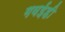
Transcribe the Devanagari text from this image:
गवईही